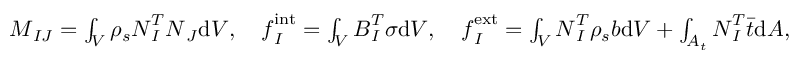
\begin{array} { r } { \boldsymbol { M } _ { I J } = \int _ { V } \rho _ { s } \boldsymbol { N } _ { I } ^ { T } \boldsymbol { N } _ { J } \mathrm { d } V , \quad \boldsymbol { f } _ { I } ^ { \mathrm { i n t } } = \int _ { V } \boldsymbol { B } _ { I } ^ { T } \boldsymbol { \sigma } \mathrm { d } V , \quad \boldsymbol { f } _ { I } ^ { \mathrm { e x t } } = \int _ { V } \boldsymbol { N } _ { I } ^ { T } \rho _ { s } \boldsymbol { b } \mathrm { d } V + \int _ { A _ { t } } \boldsymbol { N } _ { I } ^ { T } \boldsymbol { \bar { t } } \mathrm { d } A , } \end{array}